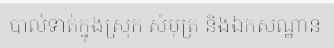
បាល់ទាត់ក្នុងស្រុក សំបុត្រ និងឯកសណ្ឋាន